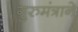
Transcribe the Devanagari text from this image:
गुरुमंत्राने